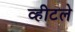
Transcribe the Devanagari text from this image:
व्हीटले